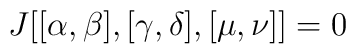
J[[\alpha , \beta] ,[\gamma,\delta], [\mu,\nu]] =0